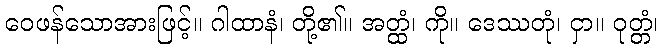
ဝေဖန်သောအားဖြင့်။ ဂါထာနံ၊ တို့၏။ အတ္ထံ၊ ကို။ ဒေဿတုံ၊ ငှာ။ ဝုတ္တံ၊